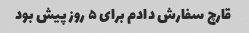
قارچ سفارش دادم برای ۵ روز پیش بود